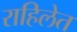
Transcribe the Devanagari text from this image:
राहिलेत